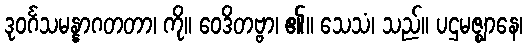
ဒုဝင်္ဂသမန္နာဂတတာ၊ ကို။ ဝေဒိတဗ္ဗာ၊ ၏။ သေသံ၊ သည်။ ပဌမဇ္ဈာနေ၊